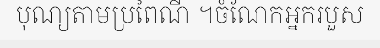
បុណ្យតាមប្រពៃណី ។ចំណែកអ្នករបួស